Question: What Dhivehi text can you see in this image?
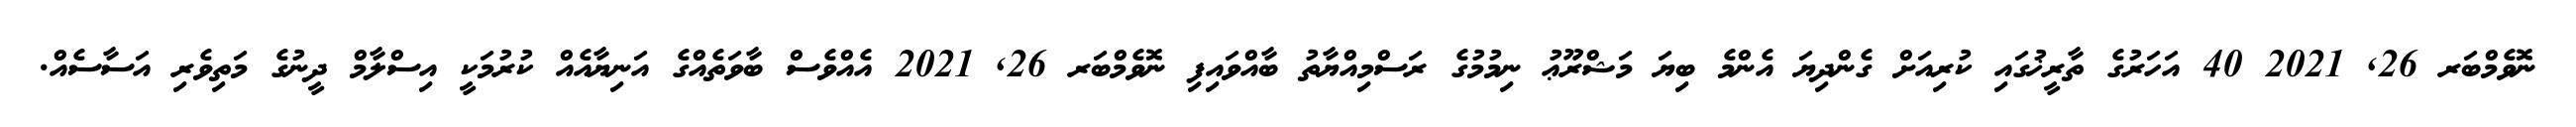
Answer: ނޮވެމްބަރ 26, 2021 40 އަހަރުގެ ތާރީޚުގައި ކުރިއަށް ގެންދިޔަ އެންމެ ބިޔަ މަޝްރޫޢު ނިމުމުގެ ރަސްމިއްޔާތު ބާއްވައިފި ނޮވެމްބަރ 26, 2021 އެއްވެސް ބާވަތެއްގެ އަނިޔާއެއް ކުރުމަކީ އިސްލާމް ދީނުގެ މަތިވެރި އަސާސެއް.